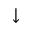
\downarrow